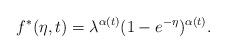
LaTeX: \begin{align*}f^{\ast }(\eta ,t)=\lambda ^{\alpha (t)}(1-e^{-\eta })^{\alpha (t)}.\end{align*}